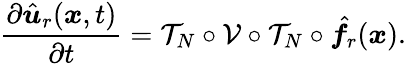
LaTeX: \frac{\partial\hat{\boldsymbol u}_{r}(\boldsymbol x,t)}{\partial t}=\mathcal{T}_{N}\circ\mathcal{V}\circ\mathcal{T}_{N}\circ\hat{\boldsymbol f}_{r}(\boldsymbol x).